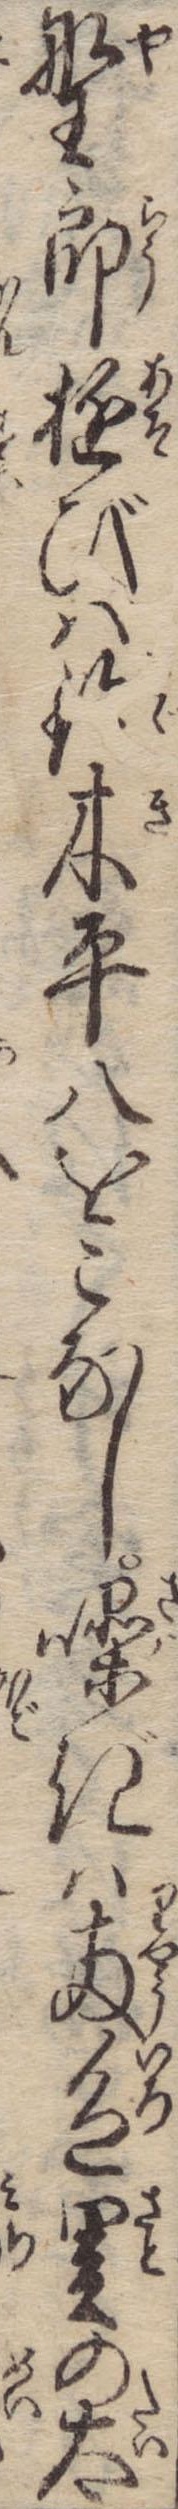
野郎遊びは鈴木平八をこなし噪ぎは両色里の太